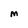
Character: M